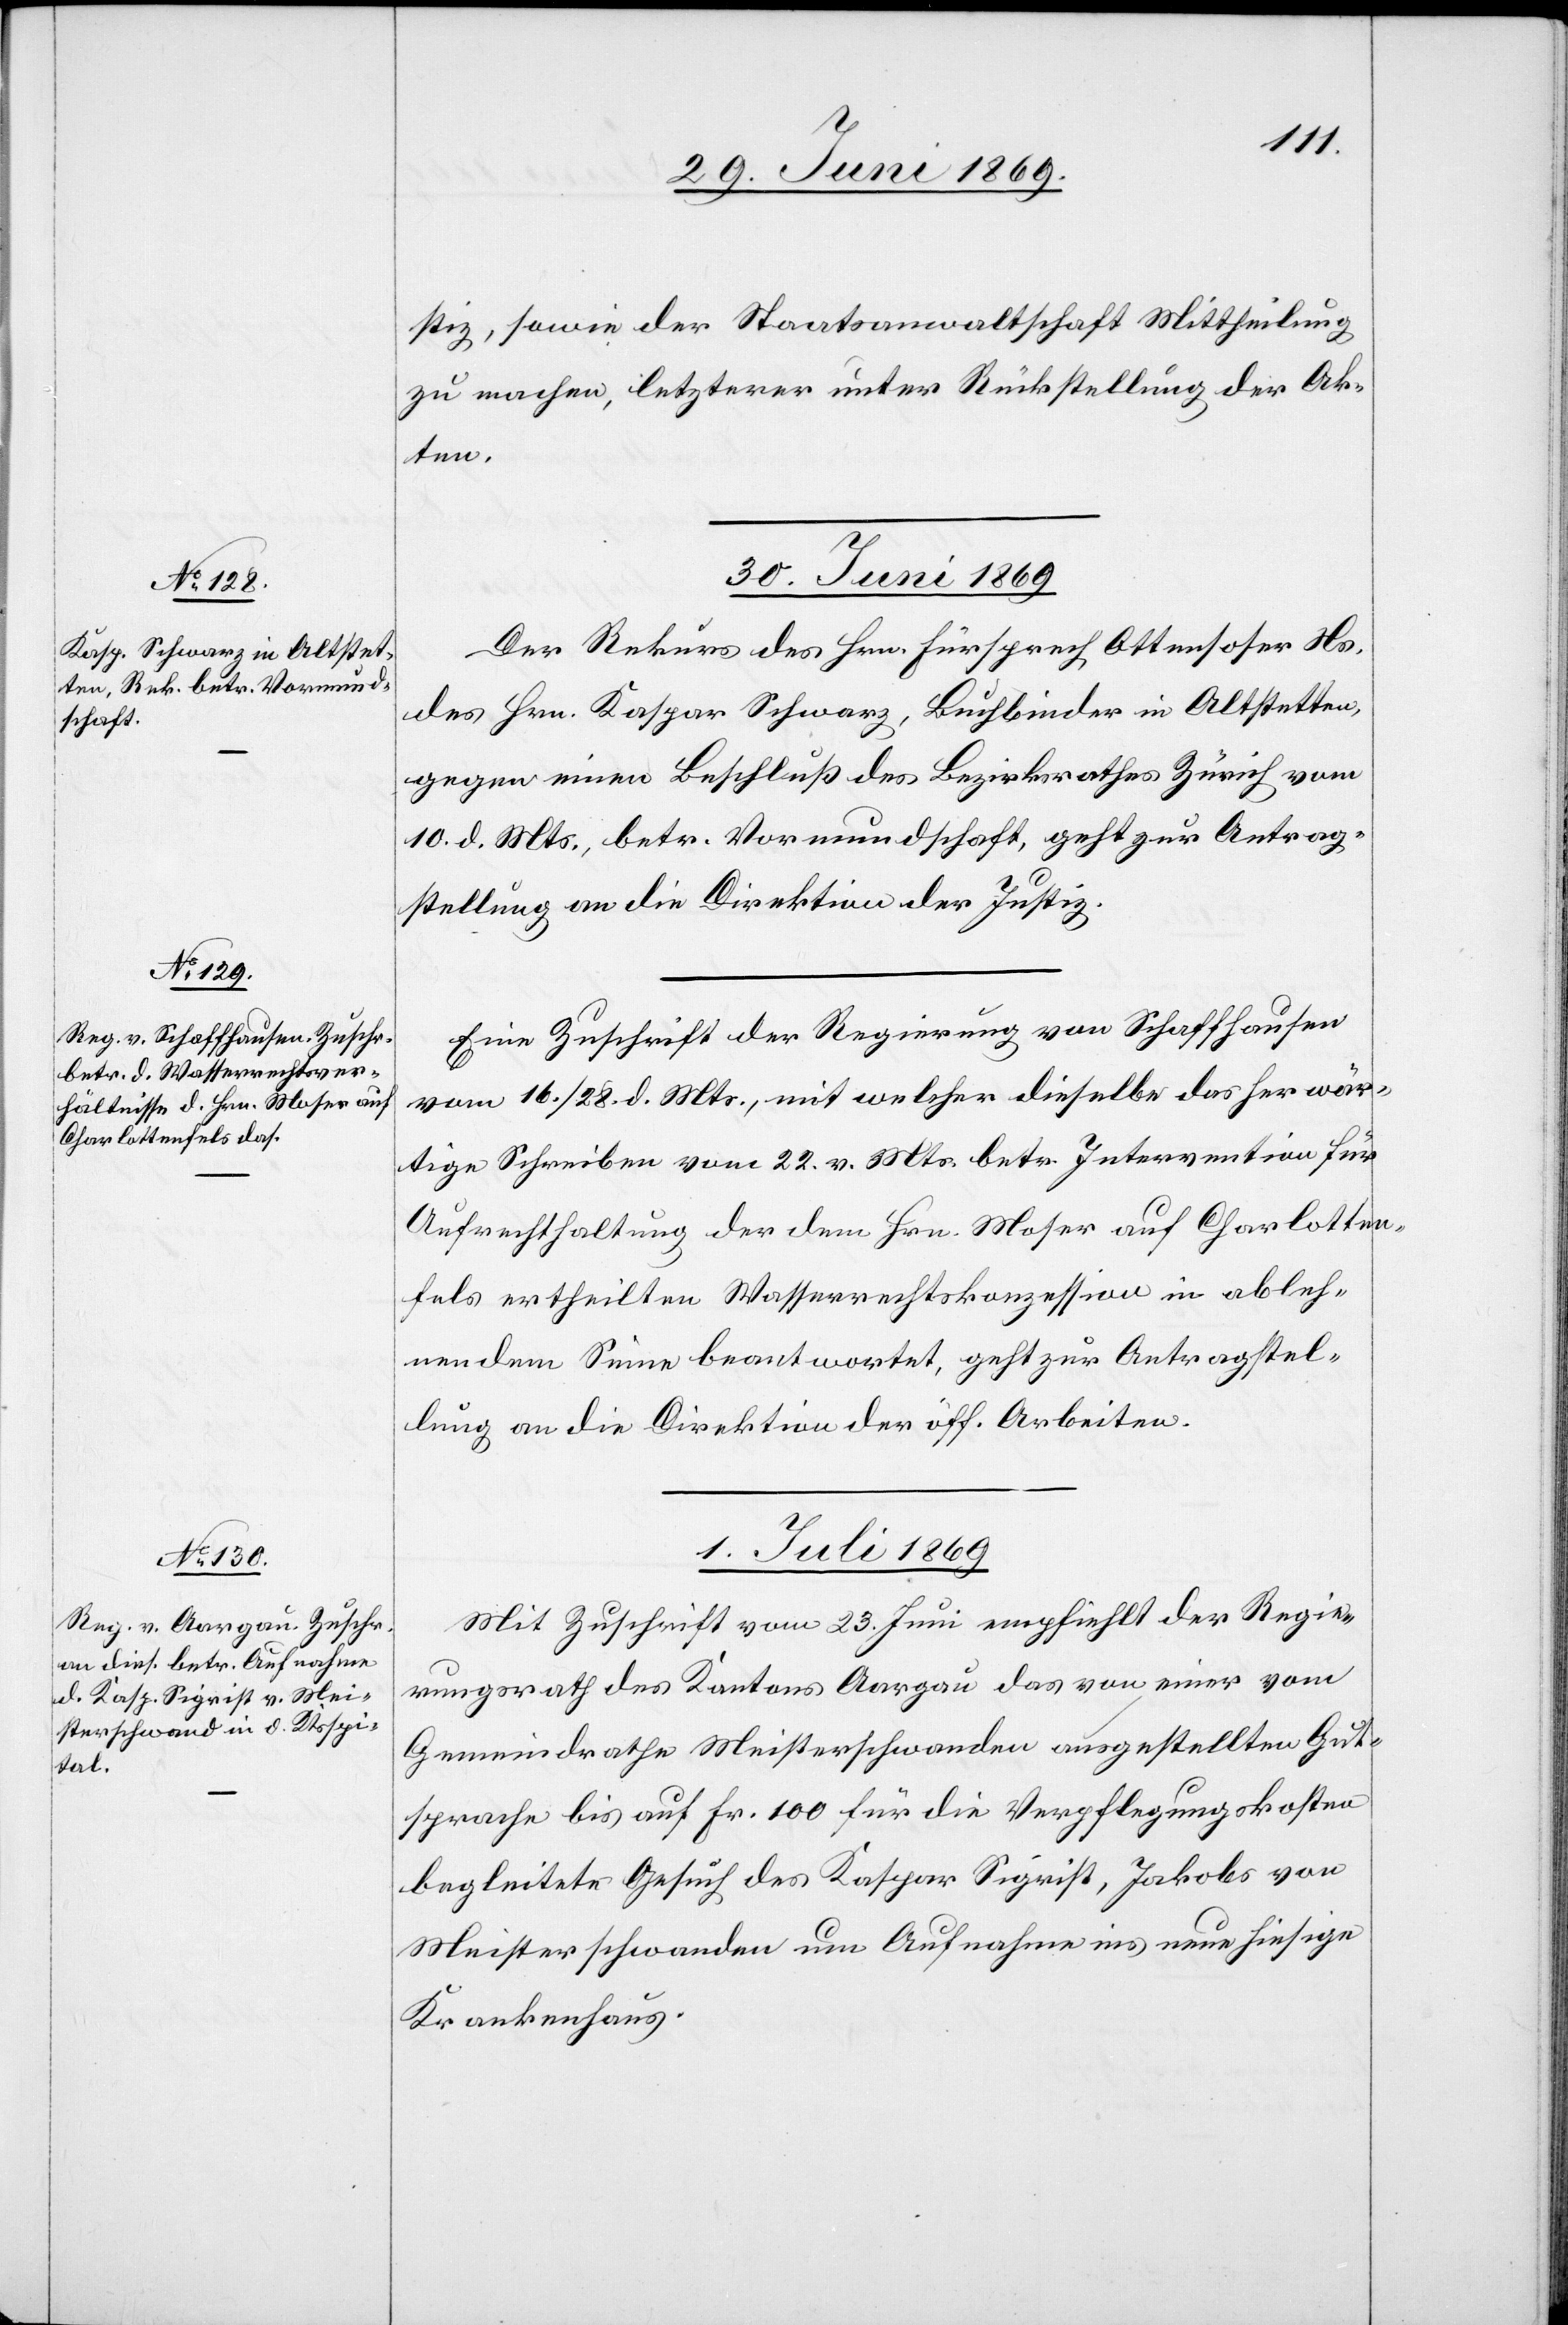
stiz, sowie der Staatsanwaltschaft Mittheilung
zu machen, letzterer unter Rückstellung der Ak¬
ten.
30. Juni 1869.]
Der Rekurs des Hrn. Fürsprech Ottensoser Ns.
des Hrn. Kaspar Schwarz, Buchbinder in Altstetten,
gegen einen Beschluß des Bezirksrathes Zürich vom
10. d. Mts., betr. Vormundschaft, geht zur Antrag¬
stellung an die Direktion der Justiz.
Eine Zuschrift der Regierung von Schaffhausen
vom 16./28. d. Mts., mit welcher dieselbe das herwär¬
tige Schreiben vom 22. v. Mts. betr. Intervention für
Aufrechthaltung der dem Hrn. Moser auf Charlotten¬
fels ertheilten Wasserrechtskonzession in ableh¬
nendem Sinne beantwortet, geht zur Antragstel¬
lung an die Direktion der öff. Arbeiten.
1. Juli 1869.
Mit Zuschrift vom 23. Juni empfiehlt der Regie¬
rungsrath des Kantons Aargau das von einer vom
Gemeindrathe Meisterschwanden ausgestellten Gut¬
sprache bis auf Fr. 100 für die Verpflegungskosten
begleitete Gesuch des Kaspar Sigrist, Jakobs von
meisterschwanden um Aufnahme ins neue hiesige
Krankenhaus.